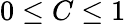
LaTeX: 0\leq C\leq 1